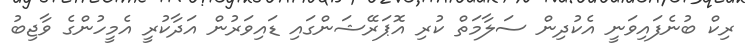
ރިކް ބުނެފައިވަނީ އެކުދިން ސަލާމަތް ކުރި އޮޕަރޭޝަންގައި ޑައިވަރުން އަދާކުރީ އެމީހުންގެ ވާޖިބު